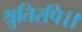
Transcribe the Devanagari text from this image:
श्रुतिरपि।।